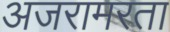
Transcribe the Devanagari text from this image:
अजरामरता